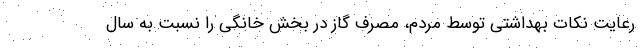
رعایت نکات بهداشتی توسط مردم، مصرف گاز در بخش خانگی را نسبت به سال